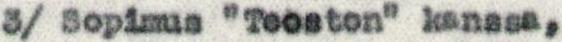
3/ Sopimus "Teoston" kanssa,